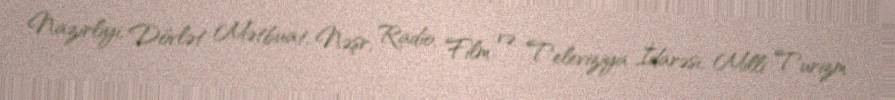
Nazirliyi, Dövlət Mətbuat, Nəşr, Radio, Film və Televiziya İdarəsi, Milli Turizm